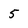
Character: 5